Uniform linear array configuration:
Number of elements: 48
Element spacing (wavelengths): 1
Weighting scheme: hann
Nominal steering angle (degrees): -30
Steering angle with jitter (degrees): -28.765
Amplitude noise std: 0.05
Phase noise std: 0.05

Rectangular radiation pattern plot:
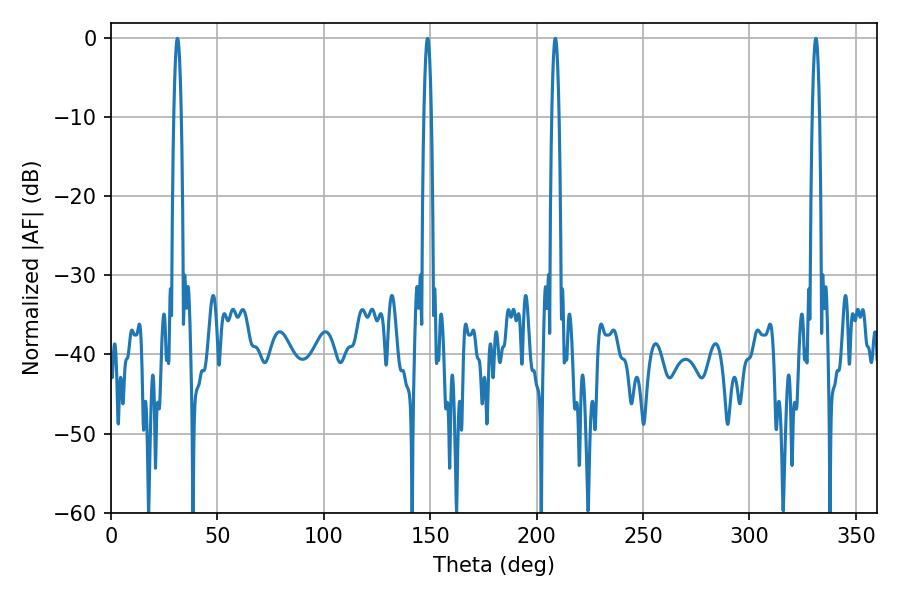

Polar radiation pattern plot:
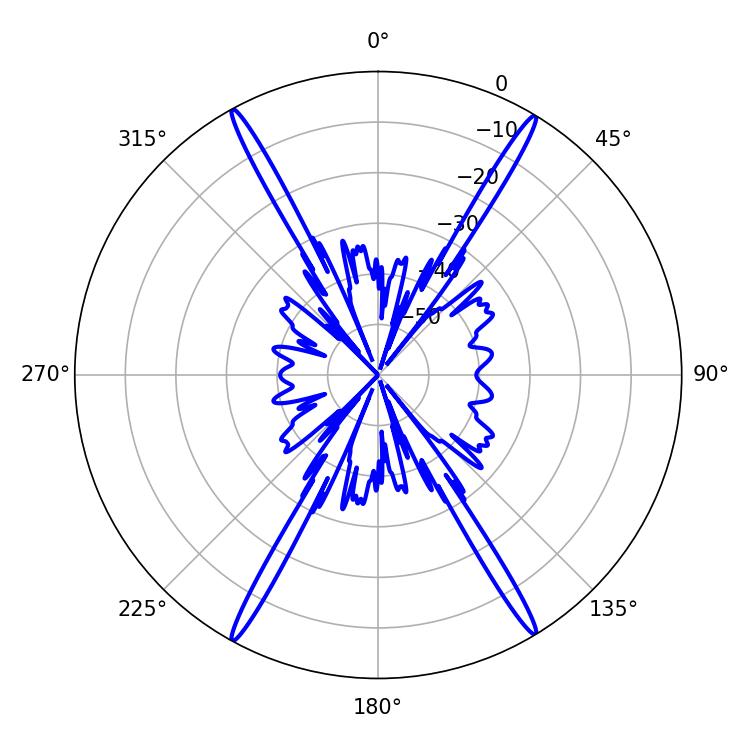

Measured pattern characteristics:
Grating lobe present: TRUE
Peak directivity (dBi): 27.246
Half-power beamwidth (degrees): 1.8
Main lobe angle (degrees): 331.2